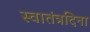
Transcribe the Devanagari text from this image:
स्वातंत्रदिना